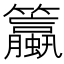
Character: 𫂯